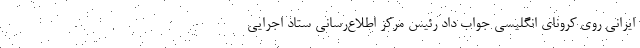
ایرانی روی کرونای انگلیسی جواب داد رئیس مرکز اطلاع‌رسانی ستاد اجرایی